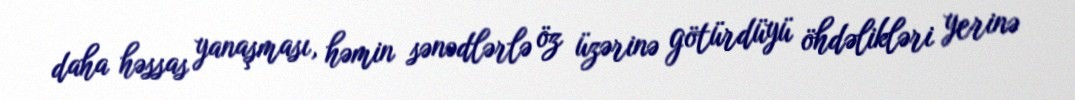
daha həssas yanaşması, həmin sənədlərlə öz üzərinə götürdüyü öhdəlikləri yerinə